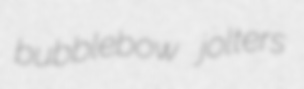
bubblebow jolters